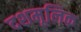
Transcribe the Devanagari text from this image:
दशमूलिक